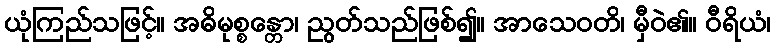
ယုံကြည်သဖြင့်။ အဓိမုစ္စန္တော၊ ညွတ်သည်ဖြစ်၍။ အာသေဝတိ၊ မှီဝဲ၏။ ဝီရိယံ၊